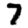
Digit: 7